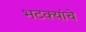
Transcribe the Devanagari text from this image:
भटक्यांचे